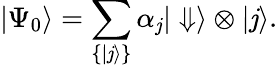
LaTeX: |\Psi_{0}\rangle=\sum_{\{ |\mathit{j}\rangle\} }\alpha_{\mathit{j}}|\Downarrow\rangle\otimes|\mathit{j}\rangle.